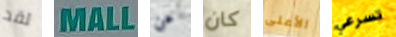
لقد MALL عن كان الأعلى تسرعي